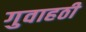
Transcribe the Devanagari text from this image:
गुवाहठी